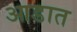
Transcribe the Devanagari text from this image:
आडात